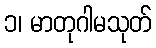
၁၊ မာတုဂါမသုတ်